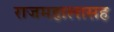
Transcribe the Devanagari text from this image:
राजमहालासह